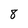
Character: 8